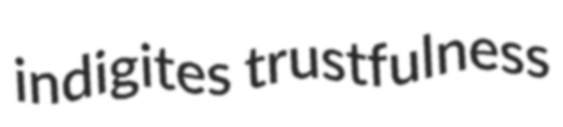
indigites trustfulness